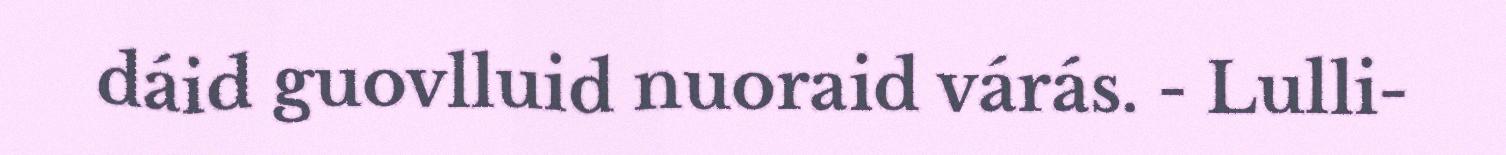
dáid guovlluid nuoraid várás. - Lulli-